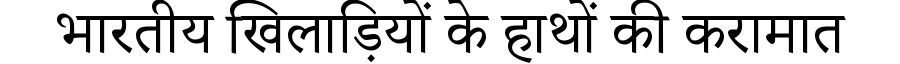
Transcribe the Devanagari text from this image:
भारतीय खिलाड़ियों के हाथों की करामात